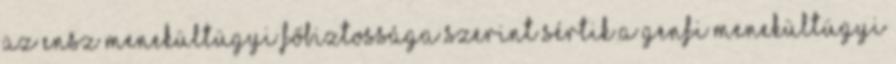
az ENSZ Menekültügyi Főbiztossága szerint sértik a genfi menekültügyi